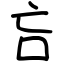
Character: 吂